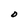
Character: D